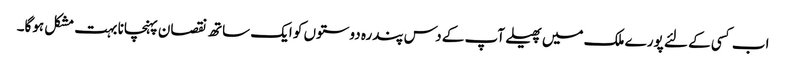
اب کسی کے لئے پورے ملک میں پھیلے آپ کے دس پندرہ دوستوں کو ایک ساتھ نقصان پہنچانا بہت مشکل ہوگا۔